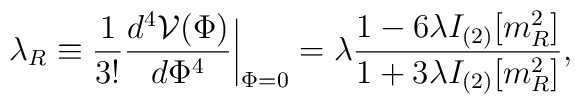
\lambda_R\equiv {\frac {1}{3!}}{\frac {d^4 {\cal V}(\Phi)}{d \Phi^4}}         \biggr |_{\Phi=0}= \lambda{\frac {1-6\lambda I_{(2)}[m_R^2]}         {1+3\lambda I_{(2)}[m_R^2]}} ,